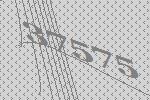
37575